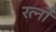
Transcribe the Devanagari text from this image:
रत्नोँ